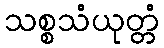
သစ္စသံယုတ္တံ